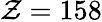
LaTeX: \mathcal{Z}=158